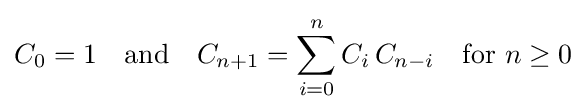
C_{0}=1\quad {\text{and}}\quad C_{n+1}=\sum _{i=0}^{n}C_{i}\,C_{n-i}\quad {\text{for }}n\geq 0